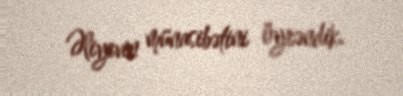
Əliyevin münasibətini öyrəndik.